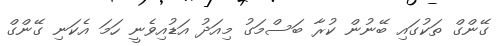
ގޭންގް ތަކުގައި ބޭނުން ކުރާ ބަސްމަގު މިއަދު އަޑުއިވެނީ ހަމަ އެކަނި ގޭންގް